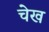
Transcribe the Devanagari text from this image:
चेख